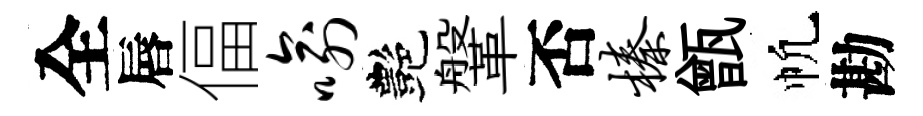
全唇偪喻艷鞶否榛甑帆勘